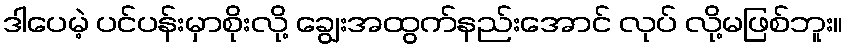
ဒါပေမဲ့ ပင်ပန်းမှာစိုးလို့ ချွေးအထွက်နည်းအောင် လုပ် လို့မဖြစ်ဘူး။